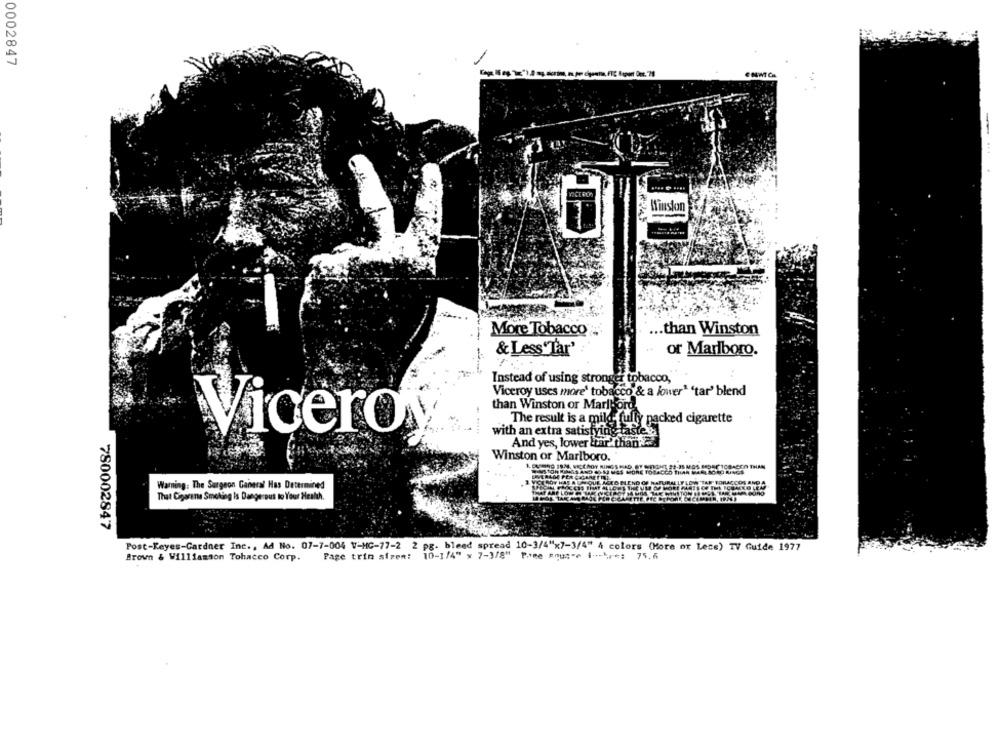
0002847
-
Kinston
.. than Winston
More Tobacco
& Less'Tar'
or Marlboro.
Instead of using stronger tobacco,
Viceroy uses more' tobacco & a lower" 'tar' blend
than Winston or Marlboro
The result is a mild- fully packed cigarette
Vicero®
with an extra satisfying taste
And yes, lower ttar' than.
Winston or Marlboro.
BACIOO THAN
PER
Warning: The Surgeon General Has Determined
ALLY LOW TAR' BORACE
That Cigarane Smoking Is Dangerous to Your Health.
750002847
Post-Keyes-Cardner Inc ., Ad No. 07-7-004 V-HC-77-2 2 pg. bleed spread 10-3/4"x7-3/4" 4 colors (More or Less) TV Guide 1977
Page trin atzen: 10-1/4" x 7-3/8" Pine sous-e i ---***: 75,6
Brown & Williamson Tobacco Corp.